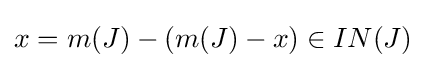
x=m(J)-(m(J)-x)\in IN(J)